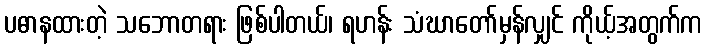
ပဓာနထားတဲ့ သဘောတရား ဖြစ်ပါတယ်၊ ရဟန်း သံဃာတော်မှန်လျှင် ကိုယ့်အတွက်က